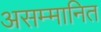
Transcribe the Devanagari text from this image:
असम्मानित